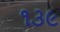
૧૩૯